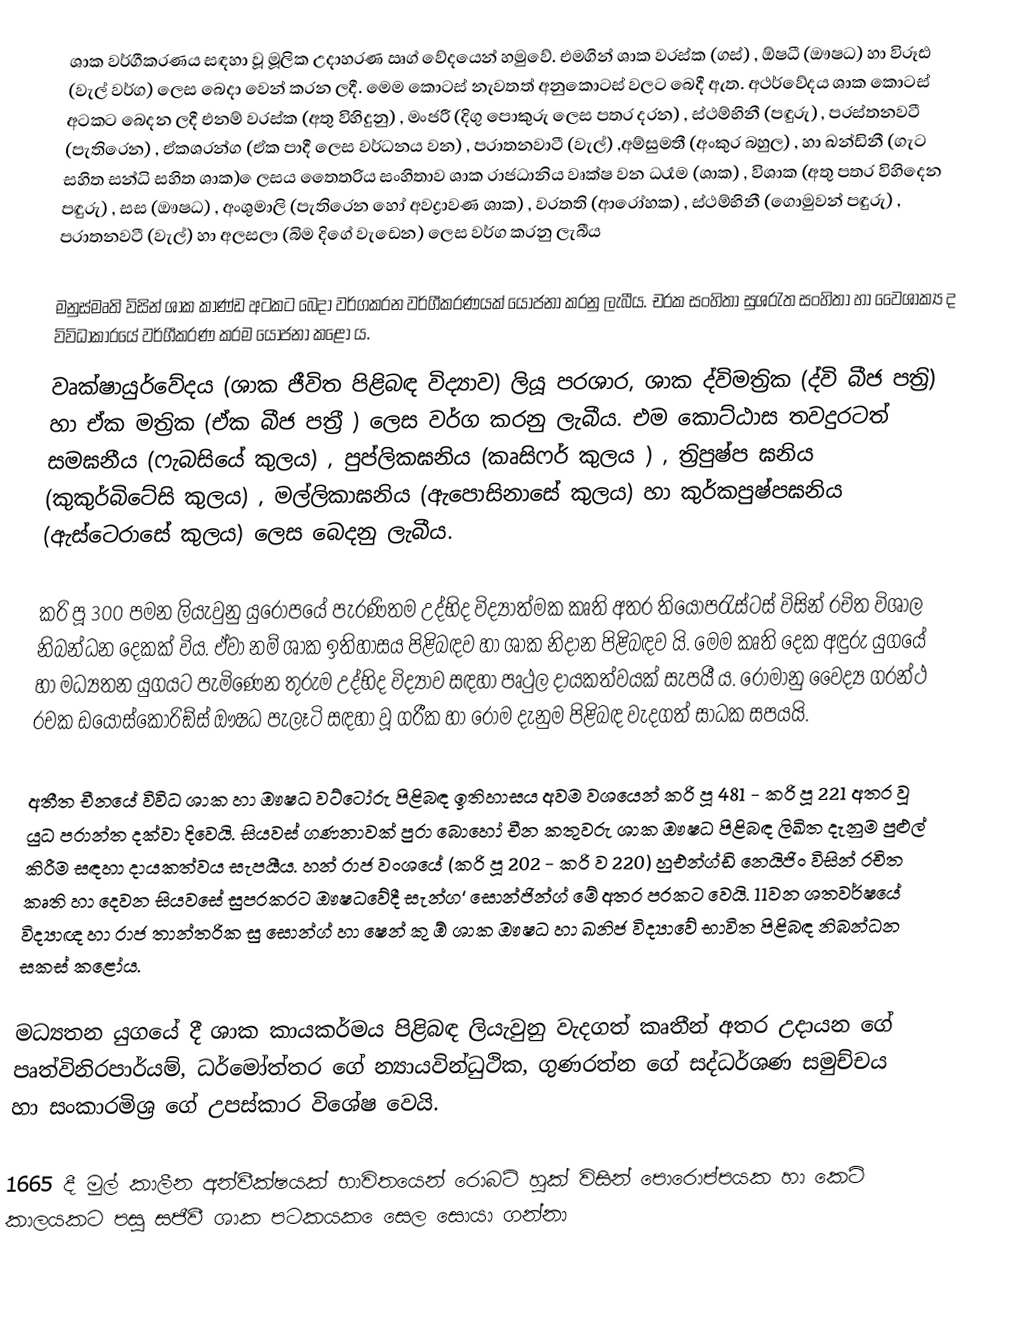
ශාක වර්ගීකරණය සඳහා වූ මූලික උදාහරණ ඍග් වේදයෙන් හමුවේ. එමගින් ශාක ව‍්‍රස්ක (ගස්) ,  ඕෂධී  (ඖෂධ) හා විරූඪ  (වැල් වර්ග) ලෙස බෙදා වෙන් කරන ලදී. මෙම කොටස් නැවතත් අනුකොටස් වලට බෙදී ඇත. අථර්වේදය ශාක කොටස් අටකට බෙදන ලදී එනම් ව‍්‍රස්ක  (අතු විහිදුනු) , මංජරී (දිගු පොකුරු ලෙස පත‍්‍ර දරන) , ස්ථම්භිනී (පඳුරු) , ප‍්‍රස්තනවටී (පැතිරෙන) , ඒකශ‍්‍රන්ග (ඒක පාදී ලෙස වර්ධනය වන) , ප‍්‍රාතනවාටී (වැල්) ,අම්සුමතී (අංකුර බහුල) , හා ඛන්ඩිනී (ගැට සහිත සන්ධි සහිත ශාක) ෙලසය තෛත‍්‍රිය සංහිතාව ශාක රාජධානිය වෘක්ෂ වන ධ‍්‍රෑම (ශාක) , විශාක (අතු පතර විහිදෙන පඳුරු) , සස (ඖෂධ) , අංශුමාලි (පැතිරෙන හෝ අවද්‍රාවණ ශාක) , ව‍්‍රතති (ආරෝහක) , ස්ථම්භිනී (ගොමුවන් පඳුරු) , ප‍්‍රාතනවටී (වැල්) හා අලසලා (බිම දිගේ වැඩෙන) ලෙස වර්ග කරනු ලැබීය

මනුස්මෘති විසින් ශාක කාණ්ඩ අටකට බෙදා වර්ගකරන වර්ගීකරණයක් යෝජනා කරනු ලැබීය. චරක සංහිතා සුශ‍්‍රැත සංහිතා හා වෛශාක්‍ය ද විවිධාකාරයේ වර්ගීකරණ ක‍්‍රම යෝජනා කළෝ ය.
වෘක්ෂායුර්වේදය (ශාක ජීවිත පිළිබඳ විද්‍යාව) ලියූ පරශාර, ශාක ද්විමත‍්‍රික (ද්වි බීජ පත‍්‍රි) හා ඒක මත‍්‍රික (ඒක බීජ පත‍්‍රී ) ලෙස වර්ග කරනු ලැබීය. එම කොට්ඨාස තවදුරටත් සමඝනීය (ෆැබසියේ කුලය) , පුප්ලිකඝනිය (කෘසිෆර් කුලය ) , ත‍්‍රිපුෂ්ප ඝනිය (කුකුර්බිටේසි කුලය) , මල්ලිකාඝනිය (ඇපොසිනාසේ කුලය)  හා කුර්කපුෂ්පඝනිය (ඇස්ටෙරාසේ කුලය) ලෙස බෙදනු ලැබීය.

ක‍්‍රි පූ 300 පමන ලියැවුනු යුරෝපයේ පැරණිතම උද්භිද විද්‍යාත්මක කෘති අතර තියෝප‍්‍රැස්ටස් විසින් රචිත විශාල නිබන්ධන දෙකක් විය. ඒවා නම් ශාක ඉතිහාසය පිළිබඳව හා ශාක නිදාන පිළිබඳව යි. මෙම කෘති දෙක අඳුරු යුගයේ හා මධ්‍යතන යුගයට පැමිණෙන තුරුම උද්භිද විද්‍යාව සඳහා පෘථුල දායකත්වයක් සැපයී ය. රෝමානු වෛද්‍ය ග‍්‍රන්ථ රචක ඩයොස්කොරිඞ්ස් ඖෂධ පැලෑටි සඳහා වූ ග‍්‍රීක හා රෝම දැනුම පිළිබඳ වැදගත් සාධක සපයයි.

අතීත චීනයේ විවිධ ශාක හා ඖෂධ වට්ටෝරු පිළිබඳ ඉතිහාසය අවම වශයෙන් ක‍්‍රි පූ 481 - ක‍්‍රි පූ 221 අතර වූ යුධ ප‍්‍රාන්ත දක්වා දිවෙයි. සියවස් ගණනාවක් පුරා බොහෝ චීන කතුවරු ශාක ඖෂධ පිළිබඳ ලිඛිත දැනුම පුළුල් කිරීම සඳහා දායකත්වය සැපයීය. හන් රාජ වංශයේ (ක‍්‍රි පූ 202 - ක‍්‍රි ව 220) හුඑන්ග්ඩි නෙයිජිං විසින් රචිත කෘති හා දෙවන සියවසේ සුප‍්‍රක‍්‍රට ඖෂධවේදී සැන්ග‘ සොන්ජින්ග් මේ අතර ප‍්‍රකට වෙයි. 11වන ශතවර්ෂයේ විද්‍යාඥ හා රාජ තාන්ත‍්‍රික සු සොන්ග් හා ෂෙන් කු ඕ ශාක ඖෂධ හා ඛනිජ විද්‍යාවේ භාවිත පිළිබඳ නිබන්ධන සකස් කළෝය.

මධ්‍යතන යුගයේ දී ශාක කායකර්මය පිළිබඳ ලියැවුනු වැදගත් කෘතීන් අතර උදායන ගේ පෘත්විනිරපාර්යම්, ධර්මෝත්තර ගේ න්‍යායවින්ධුථික, ගුණරත්න ගේ සද්ධර්ශණ සමුච්චය හා සංකාරමිශ‍්‍ර ගේ උපස්කාර විශේෂ වෙයි.

1665 දී මුල් කාලීන අන්වීක්ෂයක් භාවිතයෙන් රොබට් හුක් විසින් පොරොප්පයක හා කෙටි කාලයකට පසු සජීවී ශාක පටකයක ෙසෙල සොයා ගන්නා